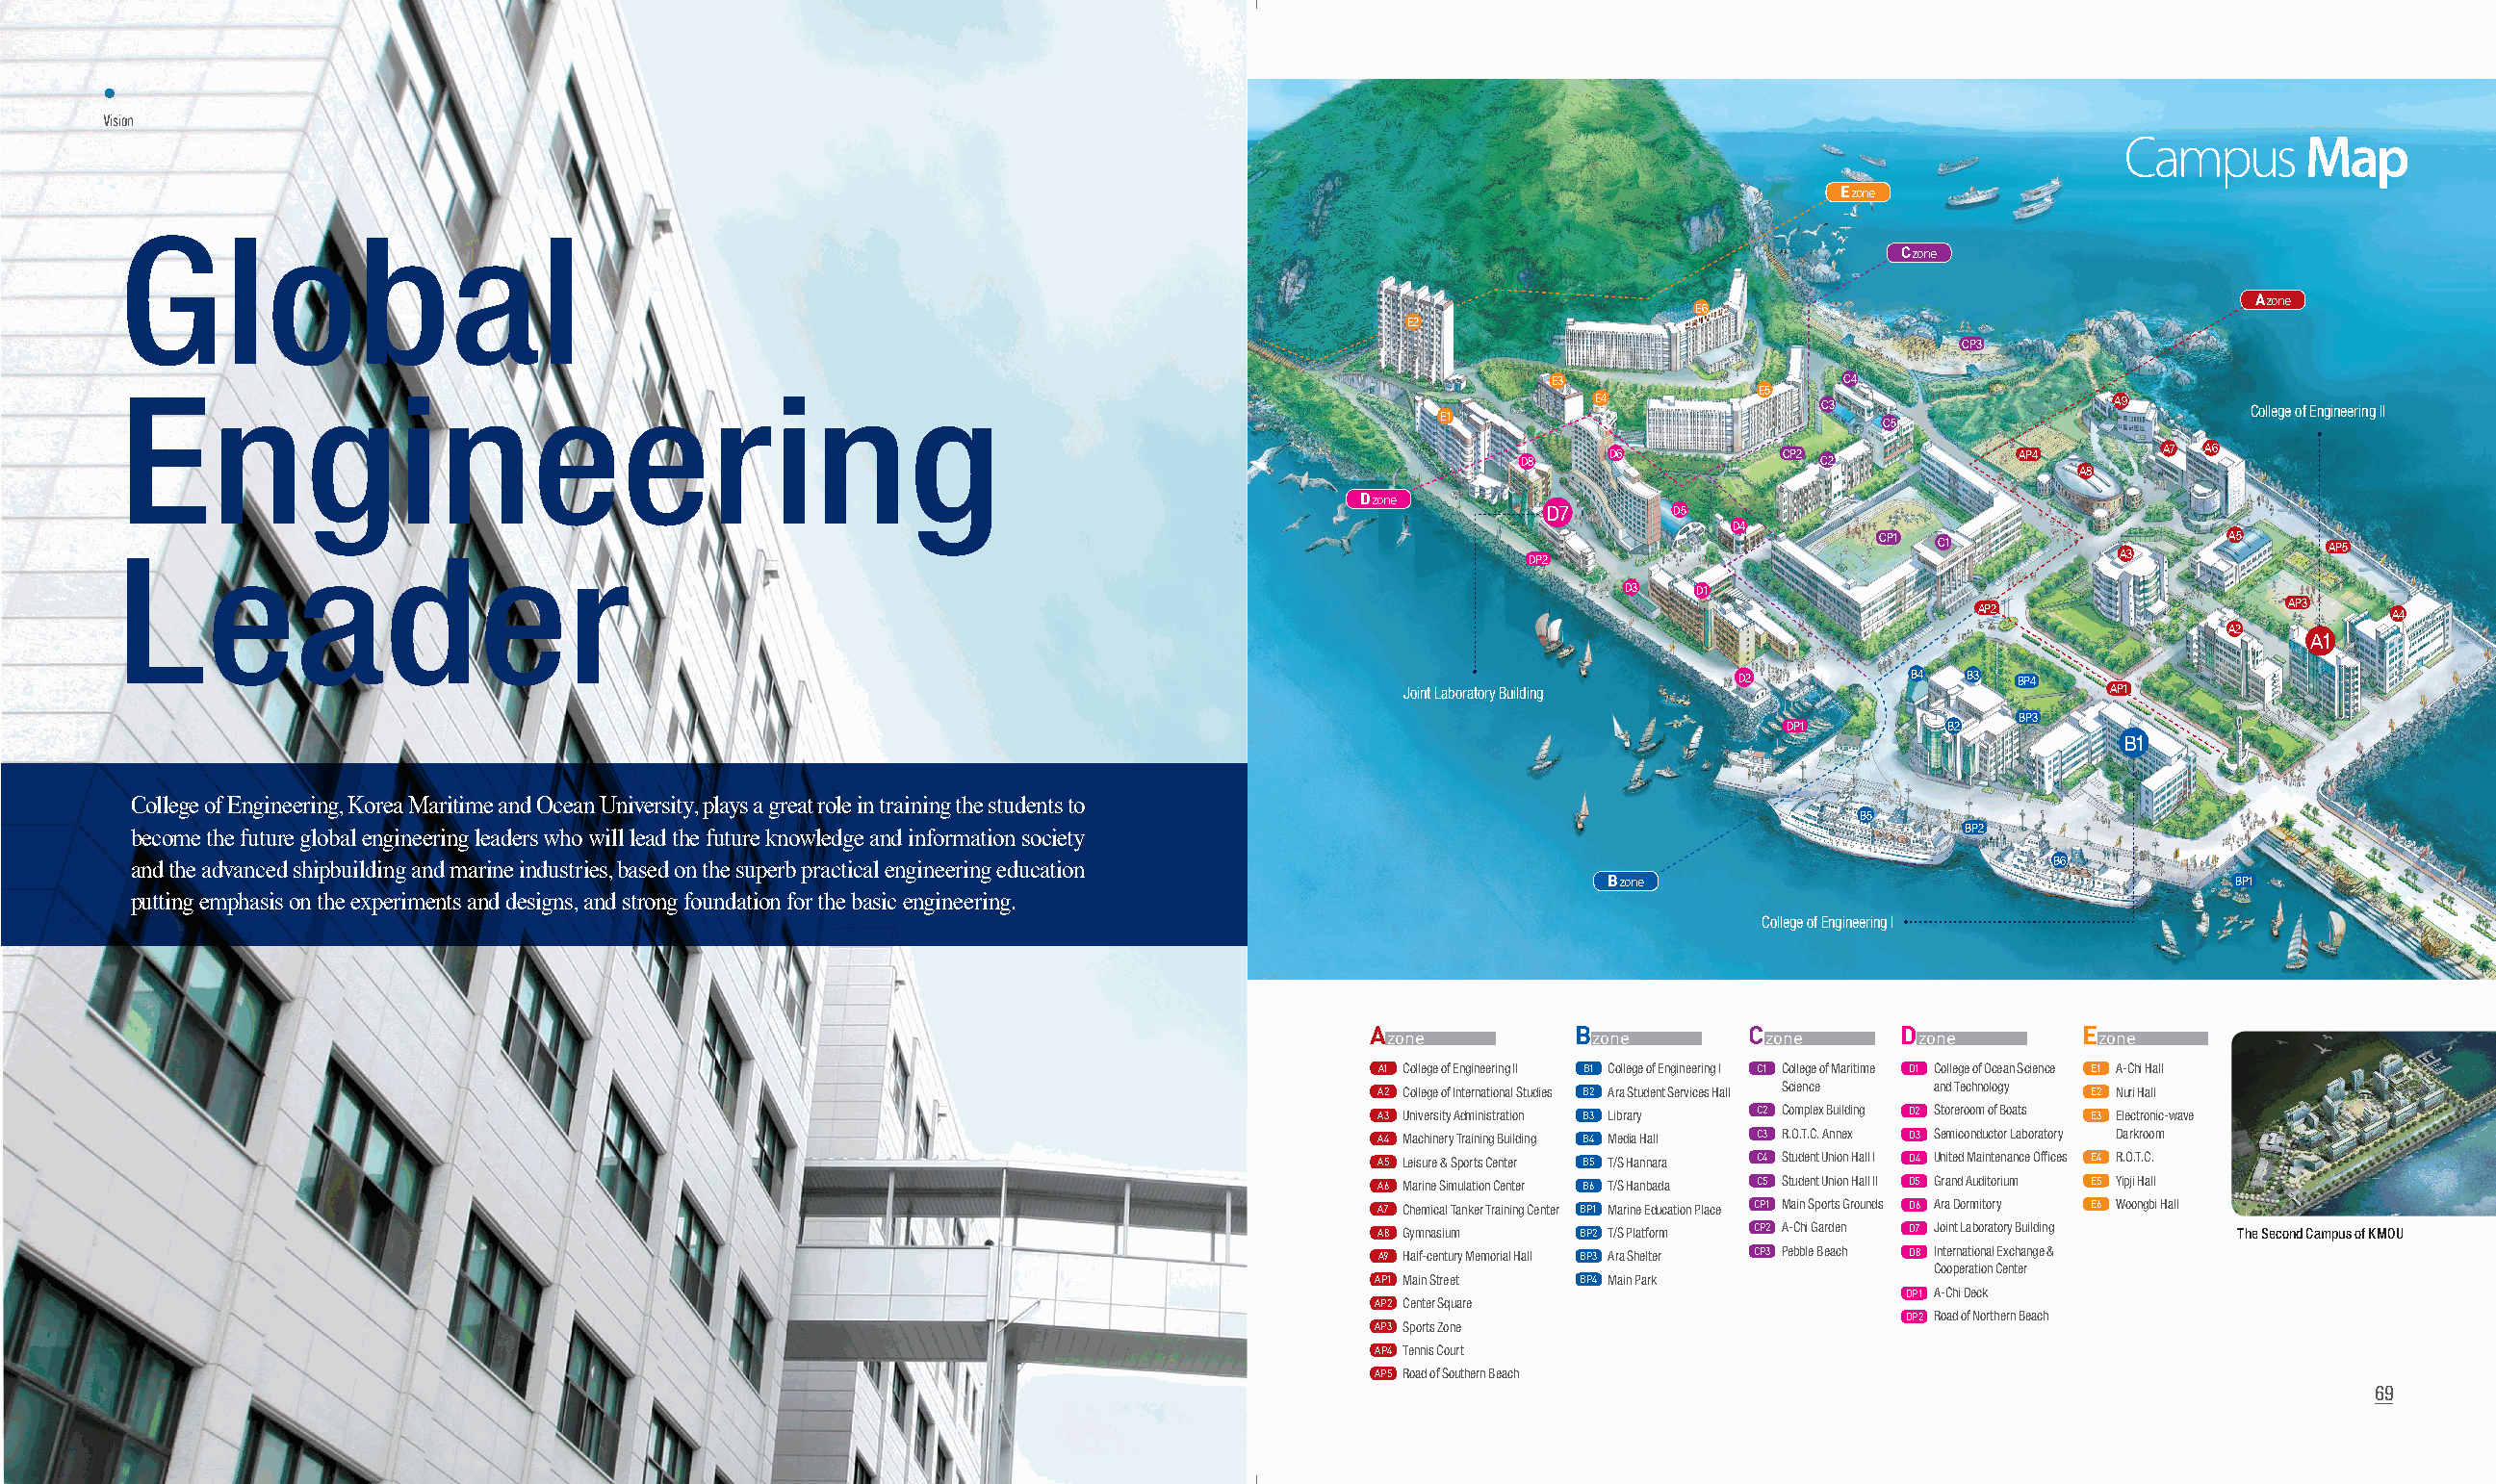
•
 Vision
 Campus       Map
 E zone
 Global
 C zone
 A zone
 E6
 E2
 CP3
 E3                  C4
 Engineering                                                                                                      E5
 E4             C3                  A9        college of engineering ii
 E1
 C5
 D8    D6          CP2 C2          AP4       A7 A6
 A8
 D zone
 D7       D5
 D4
 Leader                                                                                           DP2                     CP1 C1           A3     A5     AP5
 D3   D1
 AP2                  AP3    A4
 A2
 A1
 D2         B4  B3  BP4
 Joint Laboratory Building                        AP1
 BP3
 DP1        B2
 B1
 College of Engineering, Korea Maritime and Ocean University, plays a great role in training the students to
 B5
 BP2
 become the future global engineering leaders who will lead the future knowledge and information society
 B6
 and the advanced shipbuilding and marine industries, based on the superb practical engineering education
 B zone                                     BP1
 putting emphasis on the experiments and designs, and strong foundation for the basic engineering.
 college of engineering i
 A             B           C          D           E
 zone           zone       zone       zone        zone
 A1 college of engineering ii B1 college of engineering i C1 college of Maritime D1 college of ocean science E1 a-chi Hall
 A2 college of international studies B2 ara student services Hall science and technology E2 nuri Hall
 A3 University administration B3 Library C2 complex Building D2 storeroom of Boats E3 electronic-wave
 A4 Machinery training Building B4 Media Hall C3 r.o.t.c. annex D3 semiconductor Laboratory darkroom
 A5 Leisure & sports center B5 t/s Hannara C4 student Union Hall i D4 United Maintenance offices E4 r.o.t.c.
 A6 Marine simulation center B6 t/s Hanbada C5 student Union Hall ii D5 Grand auditorium E5 yipji Hall
 A7 chemical tanker training center BP1 Marine education Place CP1 Main sports Grounds D6 ara dormitory E6 Woongbi Hall
 A8 Gymnasium  BP2 t/s Platform CP2 a-chi Garden D7 Joint Laboratory Building The Second Campus of KMOU
 A9 Half-century Memorial Hall BP3 ara shelter CP3 Pebble Beach D8 international exchange &
 cooperation center
 AP1 Main street BP4 Main Park
 DP1 a-chi deck
 AP2 center square
 DP2 road of northern Beach
 AP3 sports Zone
 AP4 tennis court
 AP5 road of southern Beach
 69